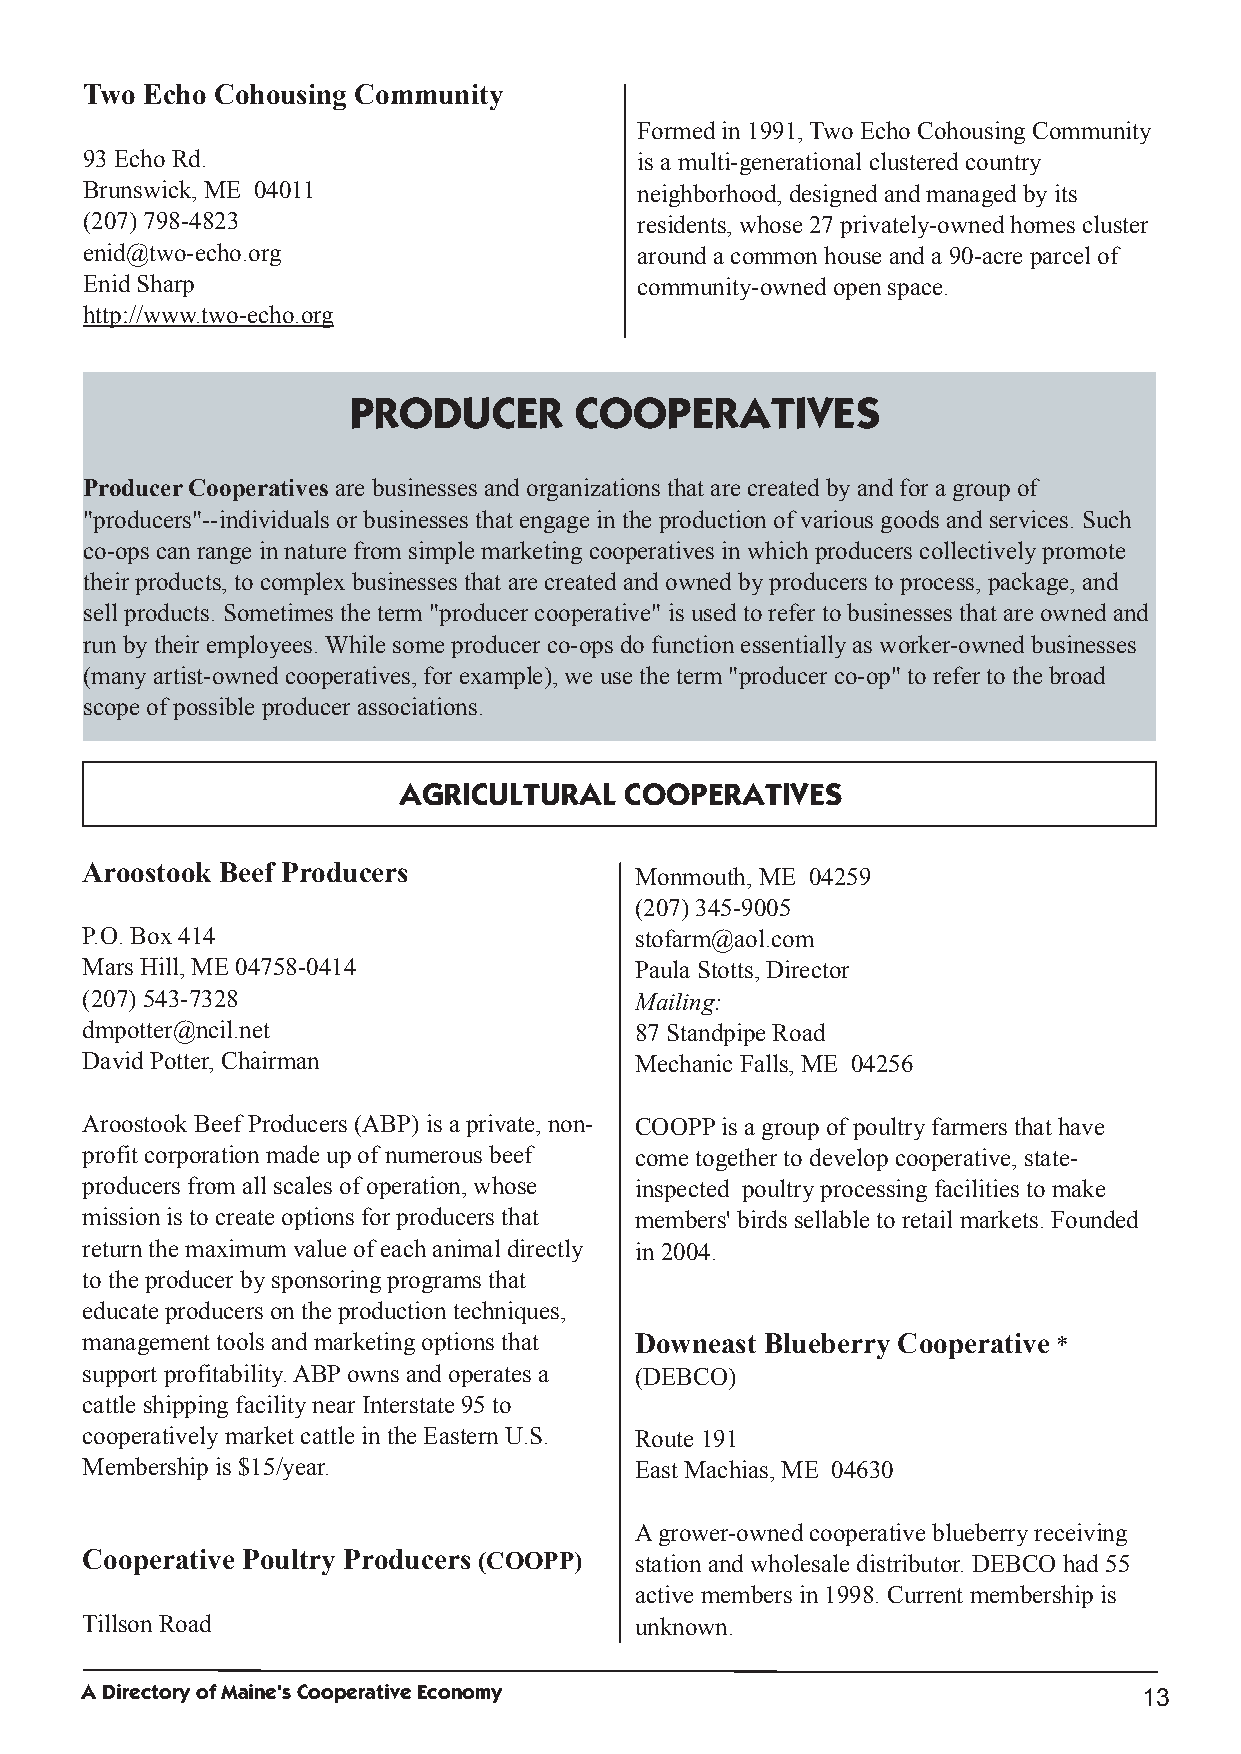
Two Echo Cohousing Community
 Formedin1991,TwoEchoCohousingCommunity
 93EchoRd.                            is a multi­generational clusteredcountry
 Brunswick,ME 04011                   neighborhood,designedandmanagedbyits
 (207) 798­4823                       residents,whose 27privately­ownedhomes cluster
 enid@two­echo.org                    arounda commonhouse anda 90­acre parcel of
 EnidSharp                            community­ownedopenspace.
 http://www.two­echo.org
 PRODUCER       COOPERATIVES
 ProducerCooperatives are businesses andorganizations that are createdbyandfor a groupof
 "producers"­­individuals or businesses that engage inthe productionof various goods andservices.Such
 co­ops canrange innature from simple marketingcooperatives inwhichproducers collectivelypromote
 their products,tocomplexbusinesses that are createdandownedbyproducers toprocess,package,and
 sell products.Sometimes the term "producer cooperative" is usedtorefer tobusinesses that are ownedand
 runbytheir employees.While some producer co­ops dofunctionessentiallyas worker­ownedbusinesses
 (manyartist­ownedcooperatives,for example),we use the term "producer co­op" torefer tothe broad
 scope of possible producer associations.
 AGRICULTURAL   COOPERATIVES
 Aroostook Beef Producers             Monmouth,ME 04259
 (207) 345­9005
 P.O.Box414                           stofarm@aol.com
 Mars Hill,ME 04758­0414              Paula Stotts,Director
 (207) 543­7328                       Mailing:
 dmpotter@ncil.net                    87Standpipe Road
 DavidPotter,Chairman                 Mechanic Falls,ME 04256
 AroostookBeef Producers (ABP) is a private,non­ COOPPis a groupof poultryfarmers that have
 profit corporationmade upof numerous beef come together todevelopcooperative,state­
 producers from all scales of operation,whose inspected poultryprocessingfacilities tomake
 missionis tocreate options for producers that members' birds sellable toretail markets.Founded
 returnthe maximum value of eachanimal directly in2004.
 tothe producer bysponsoringprograms that
 educate producers onthe productiontechniques,
 management tools andmarketingoptions that Downeast Blueberry Cooperative *
 support profitability.ABPowns andoperates a (DEBCO)
 cattle shippingfacilitynear Interstate 95to
 cooperativelymarket cattle inthe EasternU.S. Route 191
 Membershipis $15/year.               East Machias,ME 04630
 Agrower­ownedcooperative blueberryreceiving
 Cooperative Poultry Producers (COOPP) stationandwholesale distributor.DEBCO had55
 active members in1998.Current membershipis
 TillsonRoad                          unknown.
 ADirectoryofMaine'sCooperativeEconomy
 13